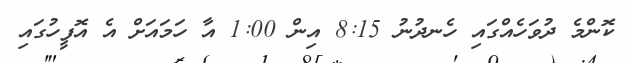
ކޮންމެ ދުވަހެއްގައި ހެނދުނު 8:15 އިން 1:00 އާ ހަމައަށް އެ އޮފީހުގައި